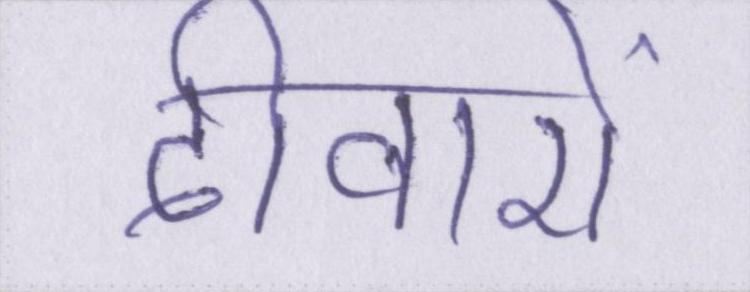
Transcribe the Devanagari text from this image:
दीवारों